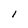
Character: l